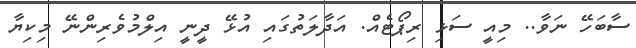
ސާބަހޭ ނަވާ.. މިއީ ސަޅި ރިޕޯޓެއް. އަދާލަތުގައި އުޅޭ ދީނީ އިލްމުވެރިންނޭ މިކިޔާ